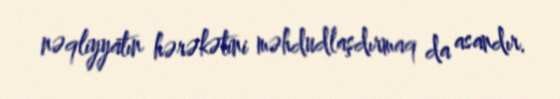
nəqliyyatın hərəkətini məhdudlaşdırmaq da asandır.